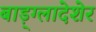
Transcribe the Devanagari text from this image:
बाड़्ग्लादेशेर